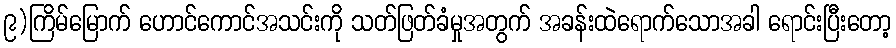
၉)ကြိမ်မြောက် ဟောင်ကောင်အသင်းကို သတ်ဖြတ်ခံမှုအတွက် အခန်းထဲရောက်သောအခါ ရောင်းပြီးတော့